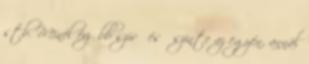
stb. Minél érzőbb szívű és őszinte az egyén, annál